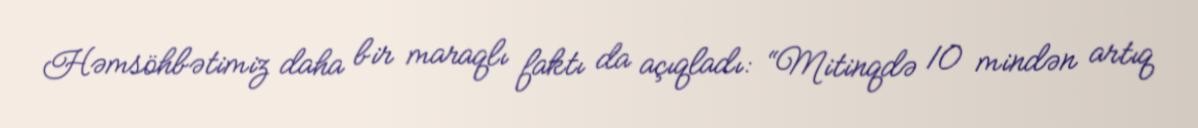
Həmsöhbətimiz daha bir maraqlı faktı da açıqladı: “Mitinqdə 10 mindən artıq